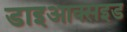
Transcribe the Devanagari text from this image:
डाइआक्सइड